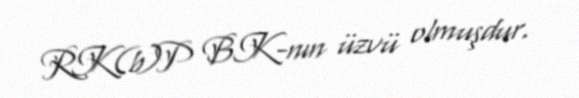
RK(b)P BK-nın üzvü olmuşdur.